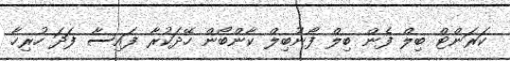
ކަރަންޓް ބިލް ފެން ބިލް ފޯނުބިލް ކާންބޯން ހޭދަކުރާ ފައިސާ ފަދަ ހުރިހާ